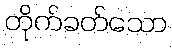
တိုက်ခတ်သော